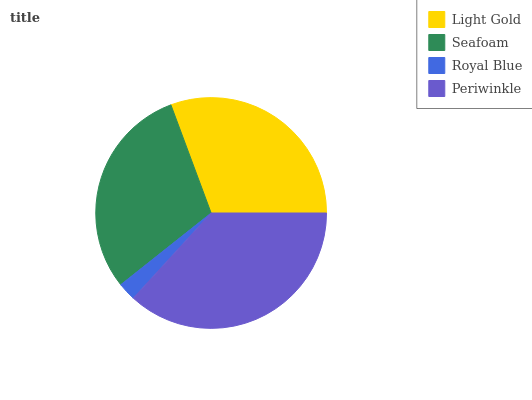
| Light Gold | Seafoam | Royal Blue | Periwinkle |
 | --- | --- | --- | --- |
 | 30.7% | 30% | 2.54% | 36.7% |